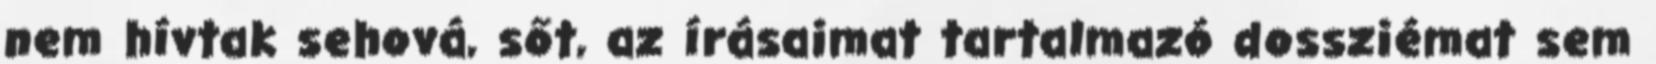
nem hívtak sehová, sőt, az írásaimat tartalma­zó dossziémat sem